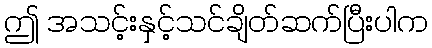
ဤ အသင့်းနှင့်သင်ချိတ်ဆက်ပြီးပါက